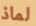
لماذ